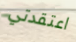
اعتقدتي